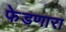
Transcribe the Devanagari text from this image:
फेडणारा